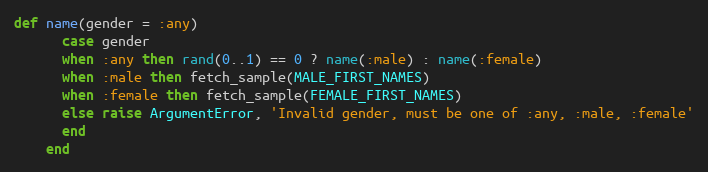
Language: Ruby
def name(gender = :any)
      case gender
      when :any then rand(0..1) == 0 ? name(:male) : name(:female)
      when :male then fetch_sample(MALE_FIRST_NAMES)
      when :female then fetch_sample(FEMALE_FIRST_NAMES)
      else raise ArgumentError, 'Invalid gender, must be one of :any, :male, :female'
      end
    end